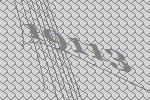
19113